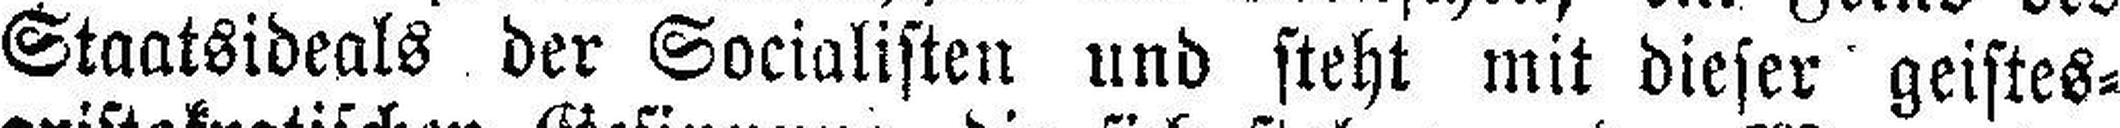
Staatsideals der Socialisten und steht mit dieser geistes¬